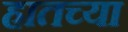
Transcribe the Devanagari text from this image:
हातच्या